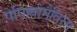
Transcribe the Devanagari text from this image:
पेपिल्लोमैविरस